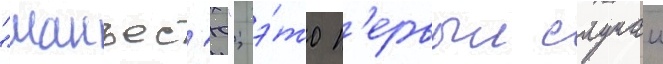
"манъес'ю"; э́то п'ервыи случаи